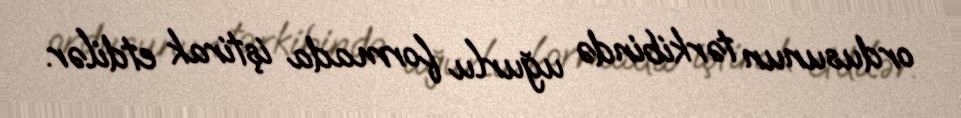
ordusunun tərkibində uğurlu formada iştirak etdilər.